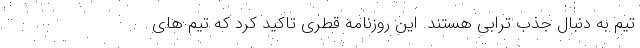
تیم به دنبال جذب ترابی هستند. این روزنامه قطری تاکید کرد که تیم های